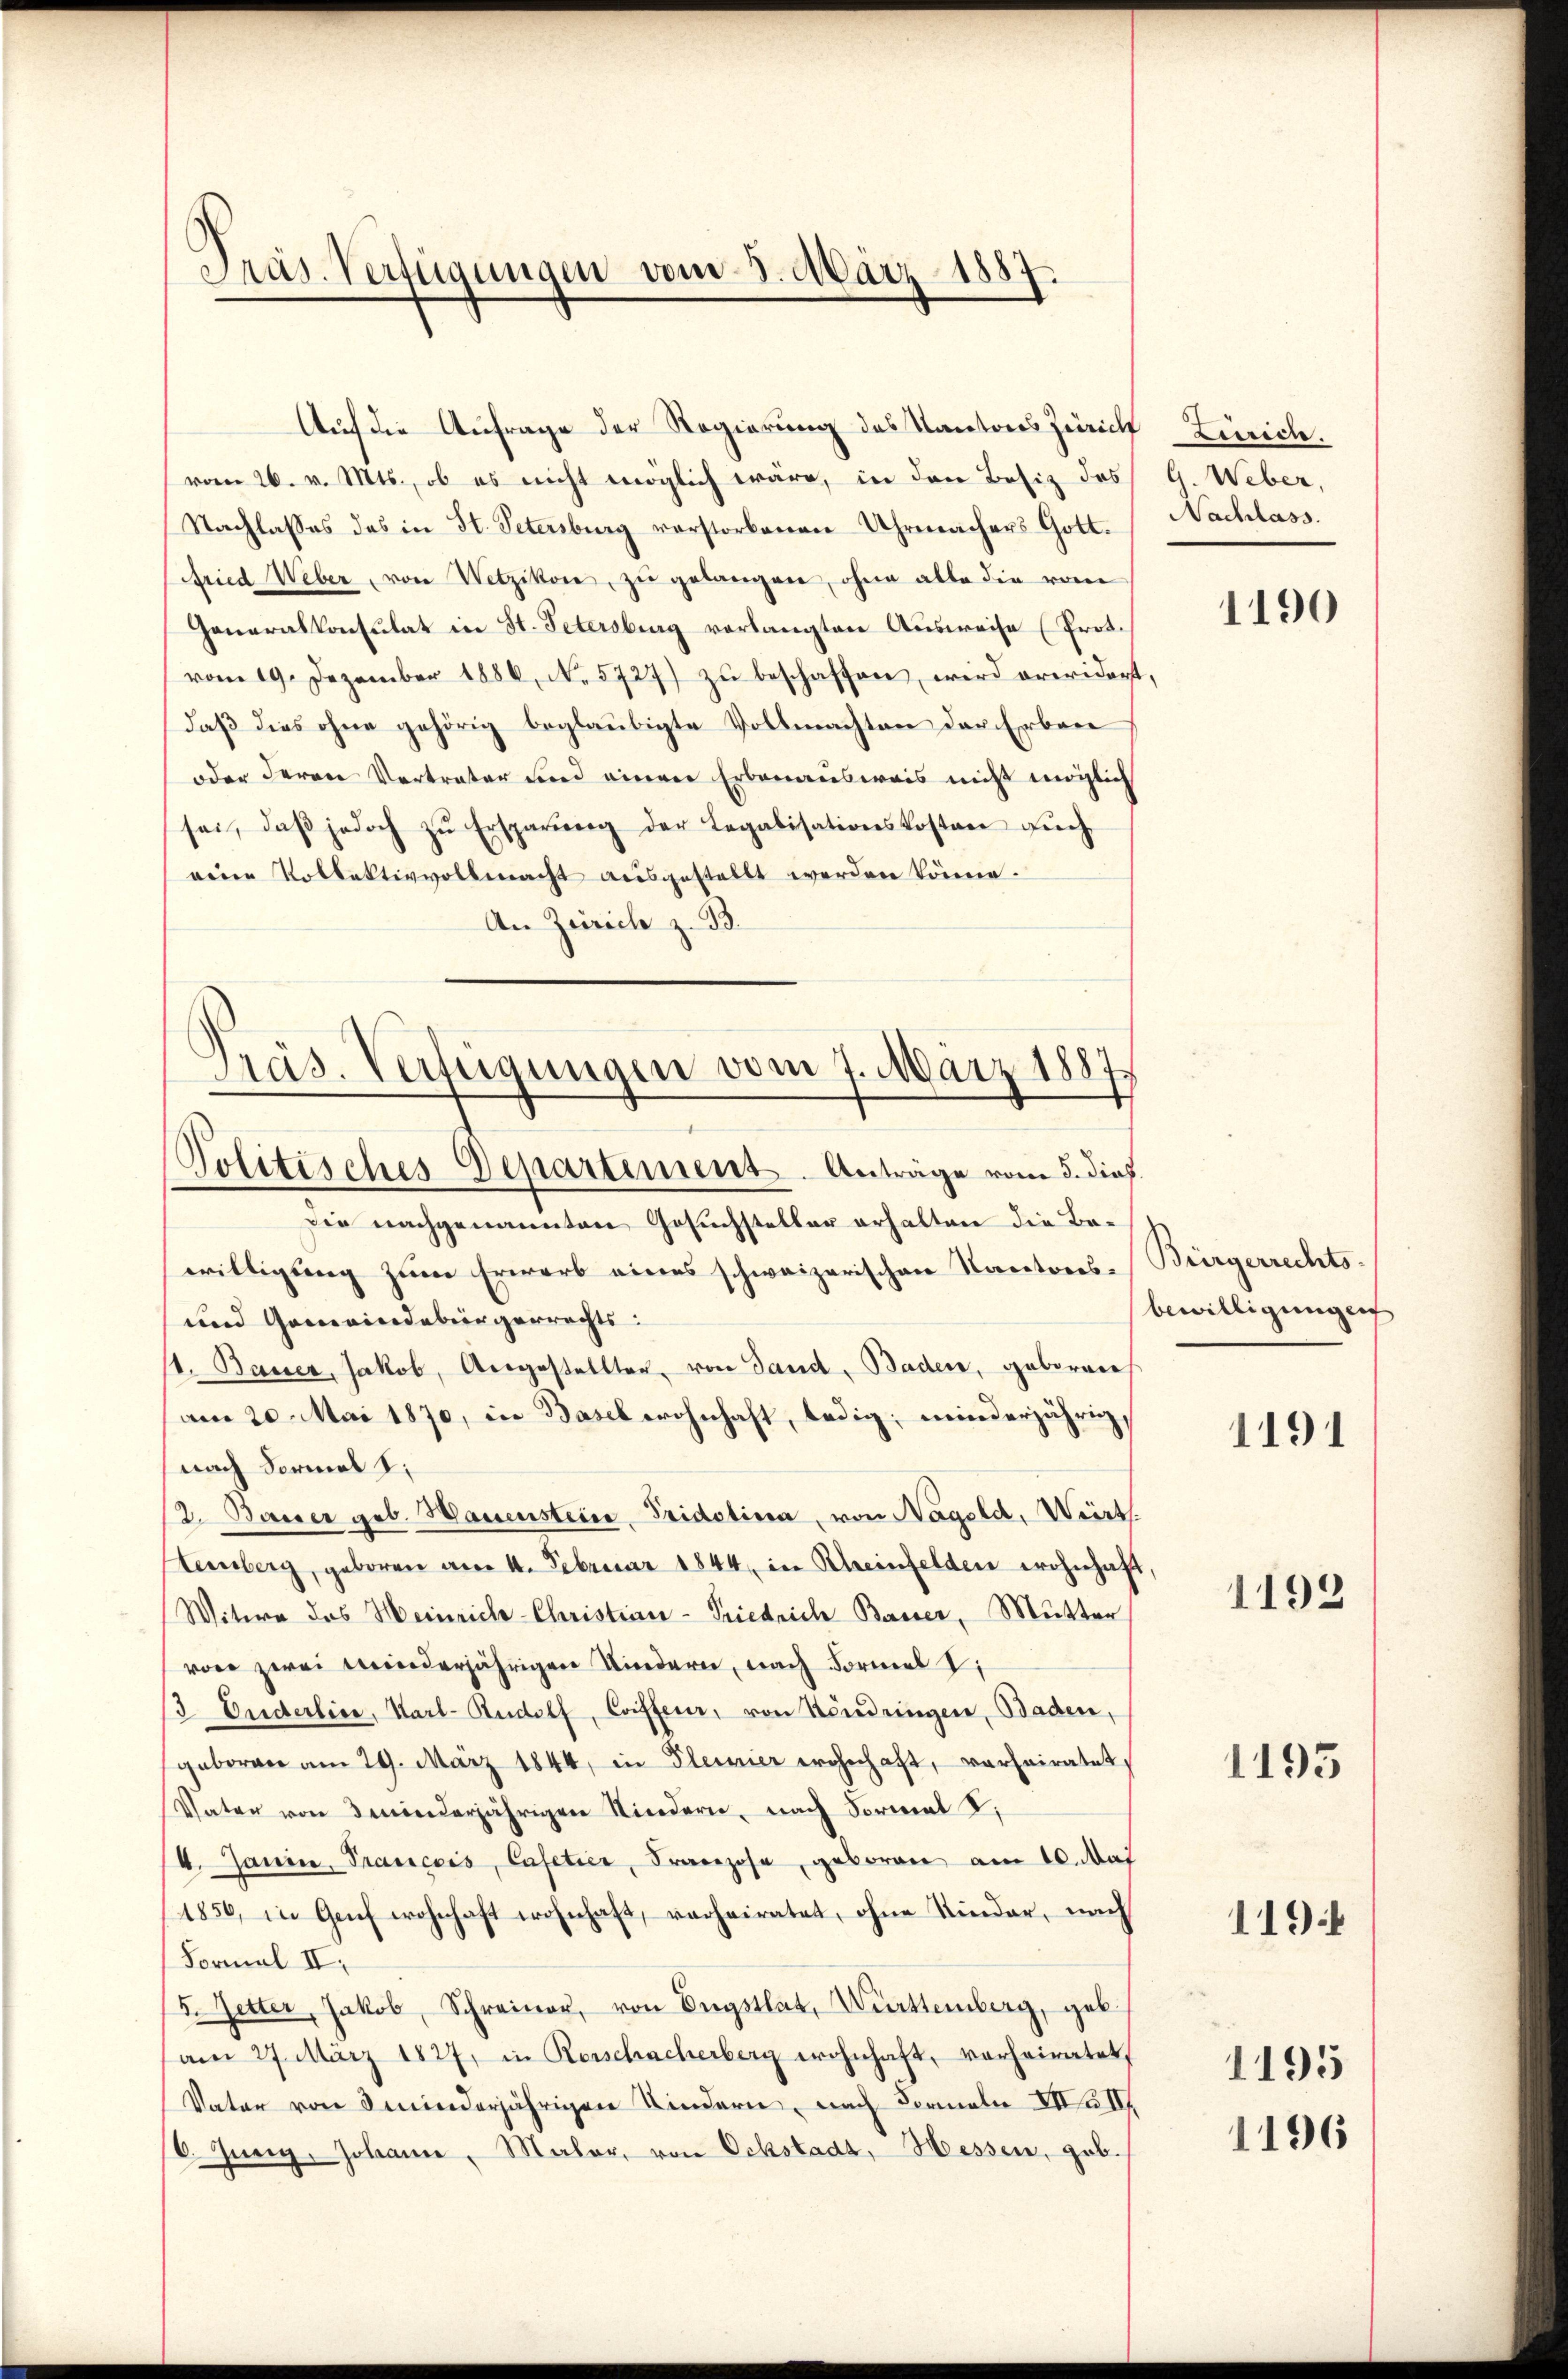
Präs. Verfügungen vom 8. März 1887

Auf die Anfrage der Regierung des Kantons Zürich Zürich.
vom 26. v. Mts., ob es nicht möglich wäre, in den Besiz des G. Weber,
Nachlasses des in St. Petersburg verstorbenen Uhrmachers Gott.
fried Weber, von Wetzikon, zu gelangen, ohne alte die vom
Generalkonsulat in St. Petersburg verlangten Ausweise (Prot.
vom 19. Dezember 1886, N. 5727) zŭ beschaffen, wird erwidert,
daß dies ohne gehörig beglaubigte Vollmachten der Erbene
oder deren Vertrater und einen Erbenausweis nicht möglich
sei, daβ jedoch zŭ Ersparung der Legalisationskosten aŭch
reine Kollektivvollmacht ausgestellt werden könne.
An Zürich z. B.

Präs. Verfügungen vom 7. März 1887.
Politisches Departement. Anträge vom 5. dieß.

Die nachgenannten Gesuchsteller erhalten die Bewilligung zum Erwerb eines schweizerischen Kantons-Bürgerrechts¬
und Gemeindebürgerrechts:
/1. Bauer, Jakob, Angestellter, von Sand, Baden, geborenes
am 20. Mai 1870, in Basel wohnhaft, ledig, minderjährig,
(nach Formal z
12. Bauer geb. Hauenstein Tridetina, von Nageld, Wirts
Sterberg, geboren am 4. Februar 1844 in Rheinfelden wohnhaft,
Witwe des Heinrich-Christian-Friedrich Basser, Mutter
vor zwei Kinderjährigen Kindern, nach Formel V
3 Orderlice, Karl-Rudolf, Coiffeur, von Hendringen, Baden,
geboren am 29. März 1844, in Pleivier wohnhaft, verheiratet,
Vater von deninderjährigen Kindern, nach Formal d.
/4. Jania, Trancois, Casetier, Franzose, geboren am 10. Mai
/1856, in Geich wohnhaft wohnhaft, verheiratet, ohne Kinder, nach
Formal II.
5. Jetter, Jakob, Schreiner, von Engstlat, Württemberg, geb.
am 27. März 1827, in Kerschacherberg wohnhaft, vorheiratet,
Vater von minderjährigen Kindern, nach Formeln XX II
6. Juny, Johann, Maler, von Ochstadt, Messen, geb.

Nachlass.

1190

bewilligungen

1191

1193

1195

1194

1195
1196